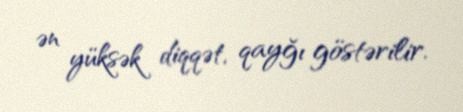
ən yüksək diqqət, qayğı göstərilir.